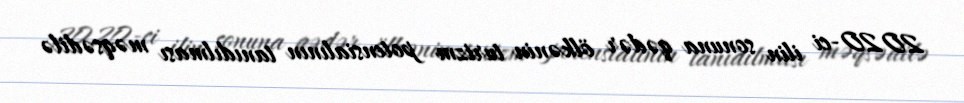
2020-ci ilin sonuna qədər ölkənin turizm potensialının tanıdılması məqsədilə